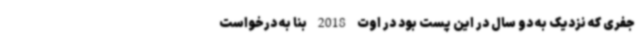
جفری که نزدیک به دو سال در این پست بود در اوت 2018 بنا به درخواست